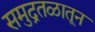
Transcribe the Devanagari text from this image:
समुद्रतळातून